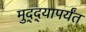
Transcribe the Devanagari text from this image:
मुद्द्‍यापर्यंत